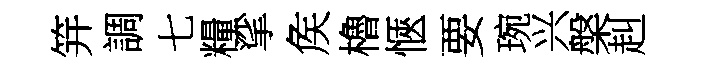
笄調七糧挲矦櫓愜要琬兴槃赳